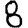
Digit: 8